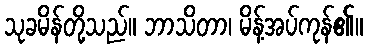
သုခမိန်တို့သည်။ ဘာသိတာ၊ မိန့်အပ်ကုန်၏။